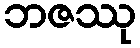
ဘဇဿု